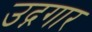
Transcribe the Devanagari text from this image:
उद्गगार